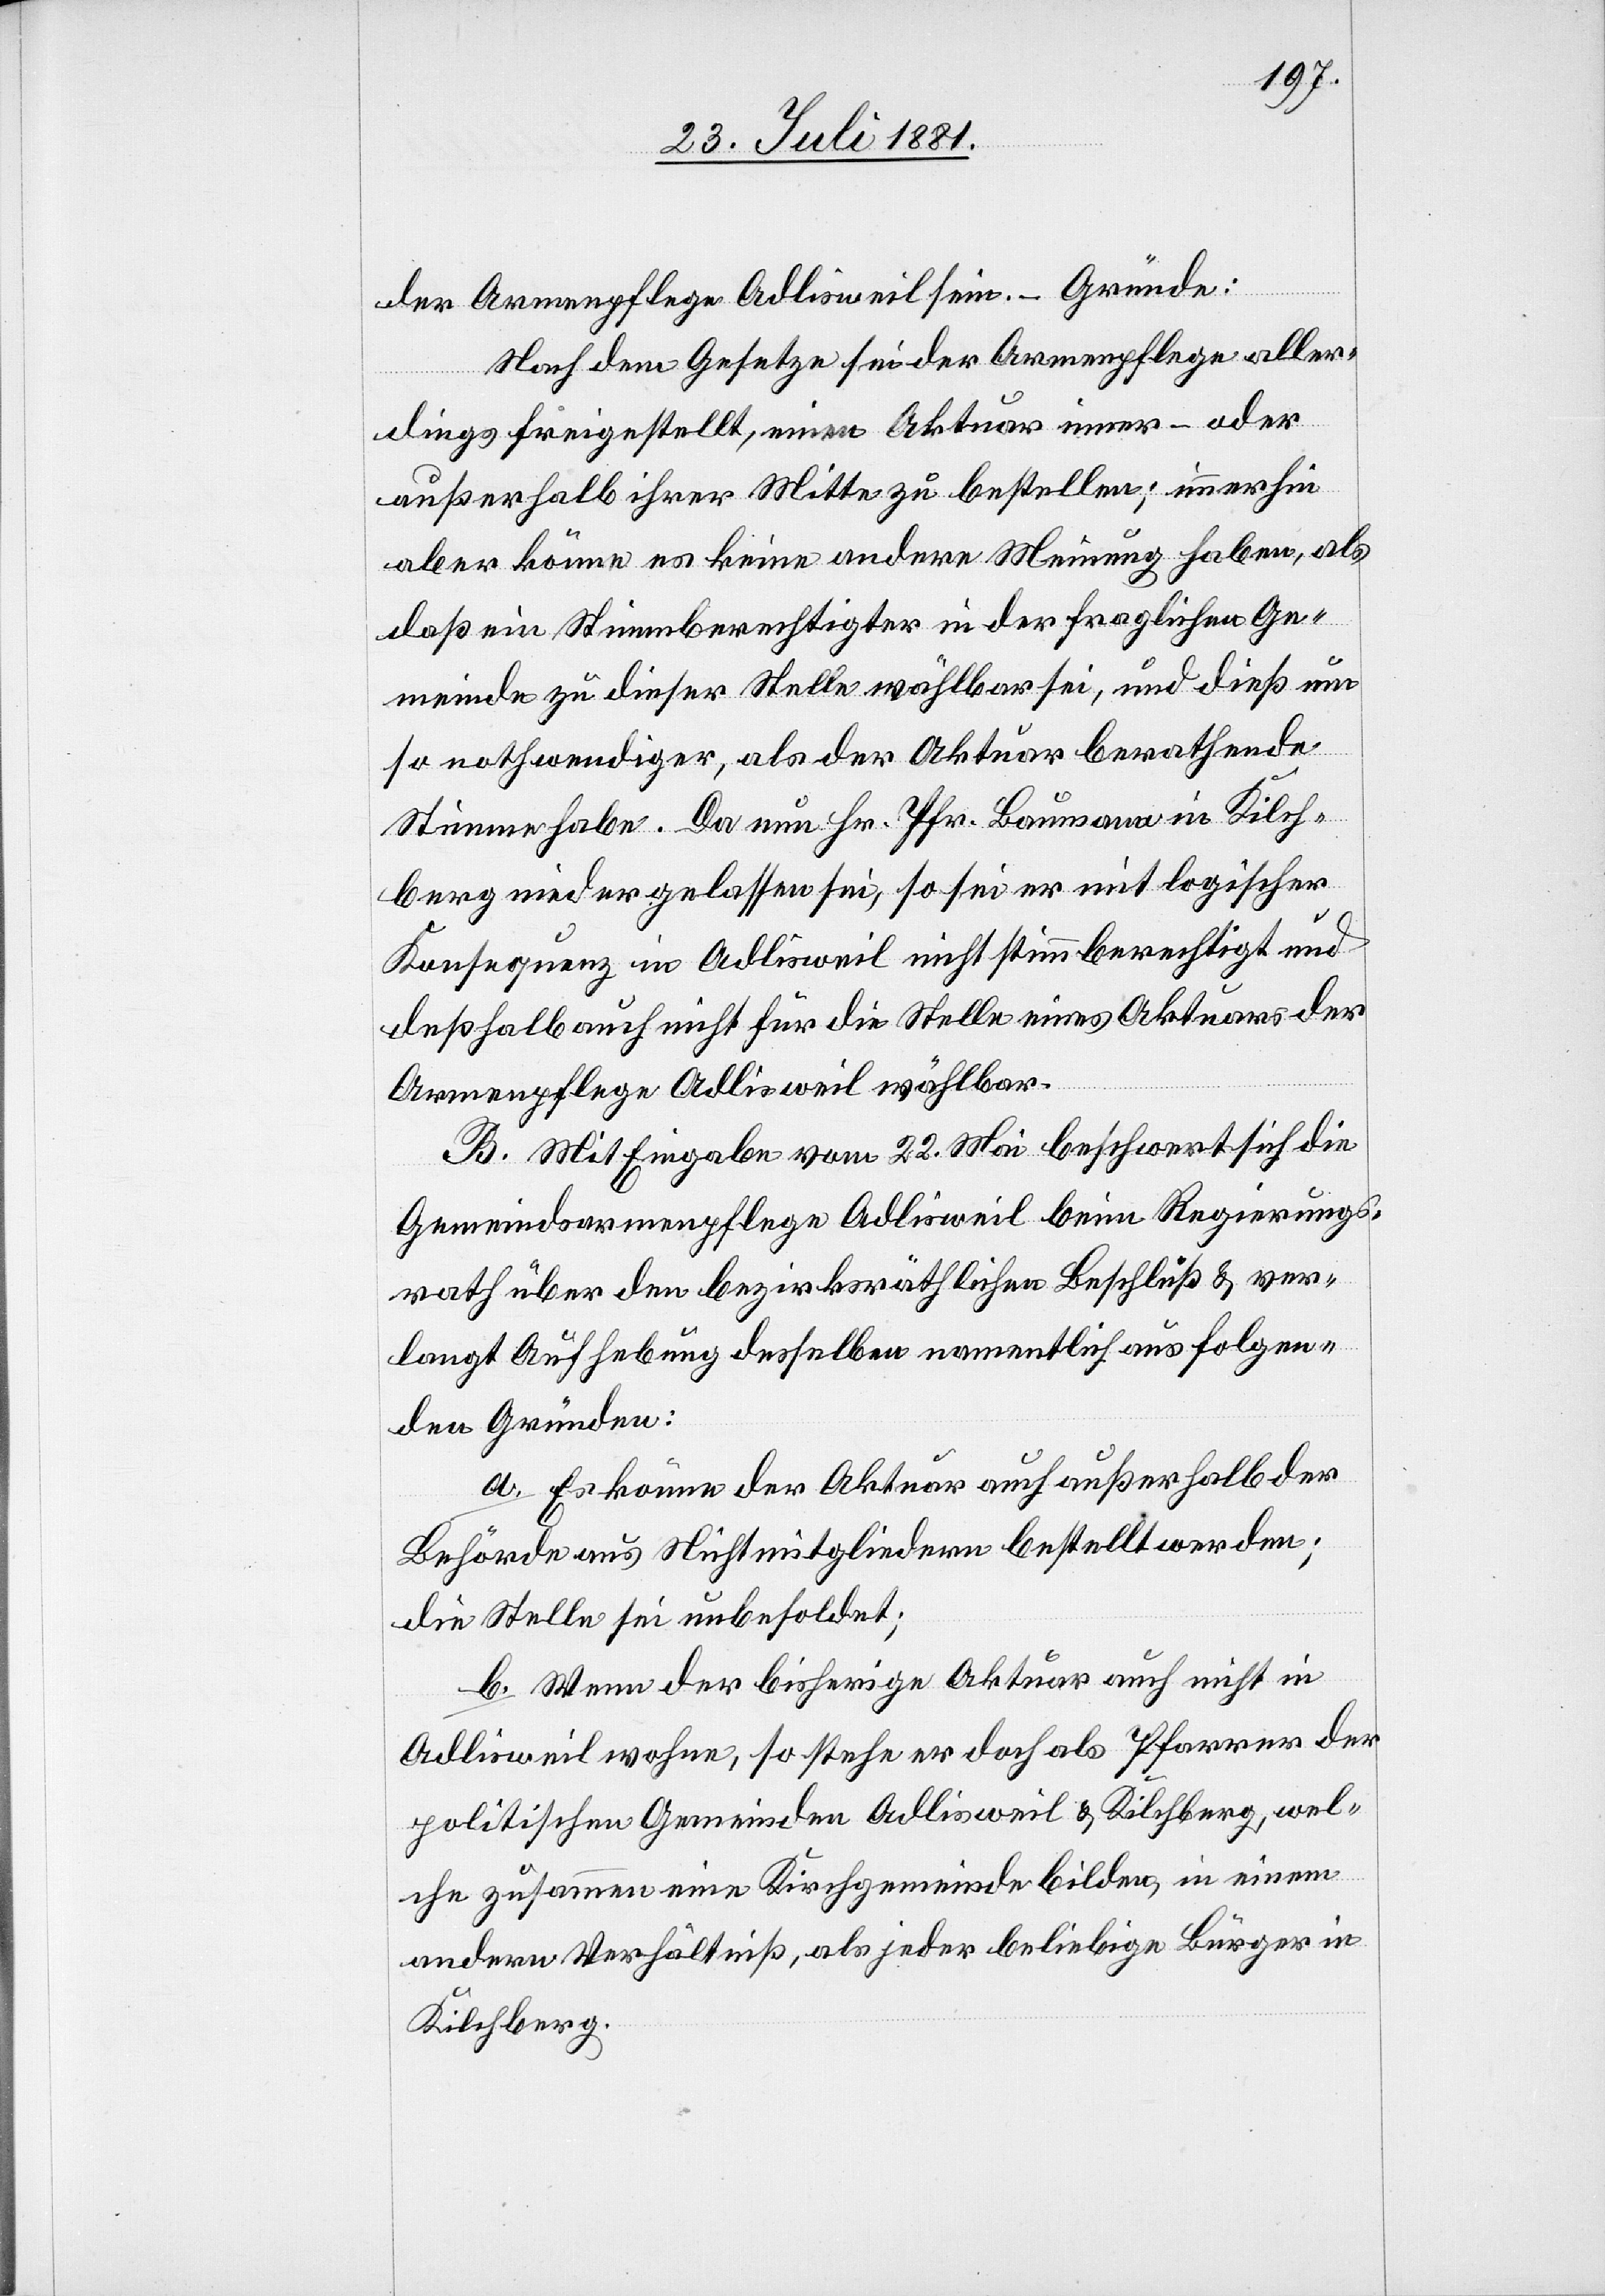
der Armenpflege Adlisweil sein. – Gründe:
Nach dem Gesetze sei der Armenpflege aller¬
dings freigestellt, einen Aktuar inner- oder
außerhalb ihrer Mitte zu bestellen; immerhin
aber könne es keine andere Meinung haben, als
daß ein Stimmberechtigter in der fraglichen Ge¬
meinde zu dieser Stelle wählbar sei, und dieß um
so nothwendiger, als der Aktuar berathende
Stimme habe. Da nun Hr. Pfr. Baumann in Kilch¬
berg niedergelassen sei, so sei er mit logischer
Konsequenz in Adlisweil nicht stimmberechtigt und
deßhalb auch nicht für die Stelle eines Aktuars der
Armenpflege Adlisweil wählbar.
B. Mit Eingabe vom 22. Mai beschwert sich die
Gemeindsarmenpflege Adlisweil beim Regierungs¬
rath über den bezirksräthlichen Beschluß & ver¬
langt Aufhebung desselben namentlich aus folgen¬
den Gründen:
a. Es könne der Aktuar auch außerhalb der
Behörde aus Nichtmitgliedern bestellt werden;
die Stelle sei unbesoldet;
b. Wenn der bisherige Aktuar auch nicht in
Adlisweil wohne, so stehe er doch als Pfarrer der
politischen Gemeinden Adlisweil & Kilchberg, wel¬
che zusammen eine Kirchgemeinde bilden, in einem
andern Verhältniß als jeder beliebige Bürger in
Kilchberg.